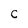
Character: C